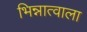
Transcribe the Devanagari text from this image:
भिन्नात्वाला